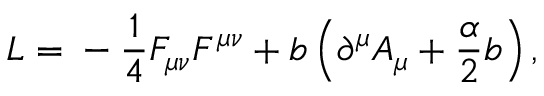
L = \mathrm { } - \frac { 1 } { 4 } F _ { \mu \nu } F ^ { \mu \nu } + b \left( \partial ^ { \mu } A _ { \mu } + \frac { \alpha } { 2 } b \right) ,